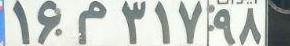
۱۶م۳۱۷۹۸